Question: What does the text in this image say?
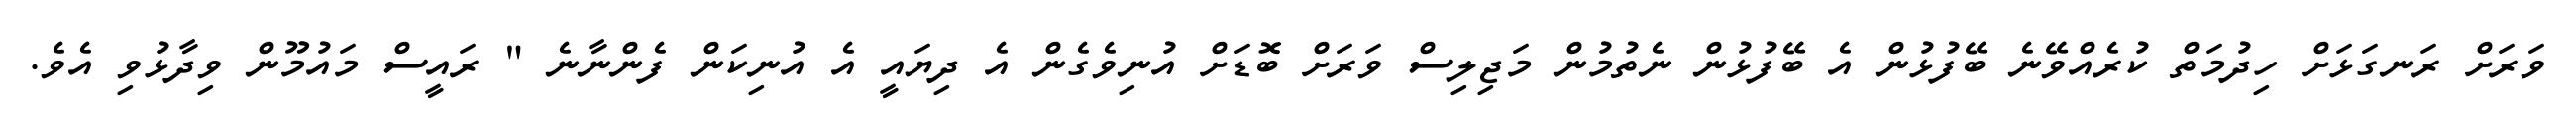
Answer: ވަރަށް ރަނގަޅަށް ހިދުމަތް ކުރެއްވޭނެ ބޭފުޅުން އެ ބޭފުޅުން ނެތުމުން މަޖިލިސް ވަރަށް ބޮޑަށް އުނިވެގެން އެ ދިޔައީ އެ އުނިކަން ފެންނާނެ " ރައީސް މައުމޫން ވިދާޅުވި އެވެ.